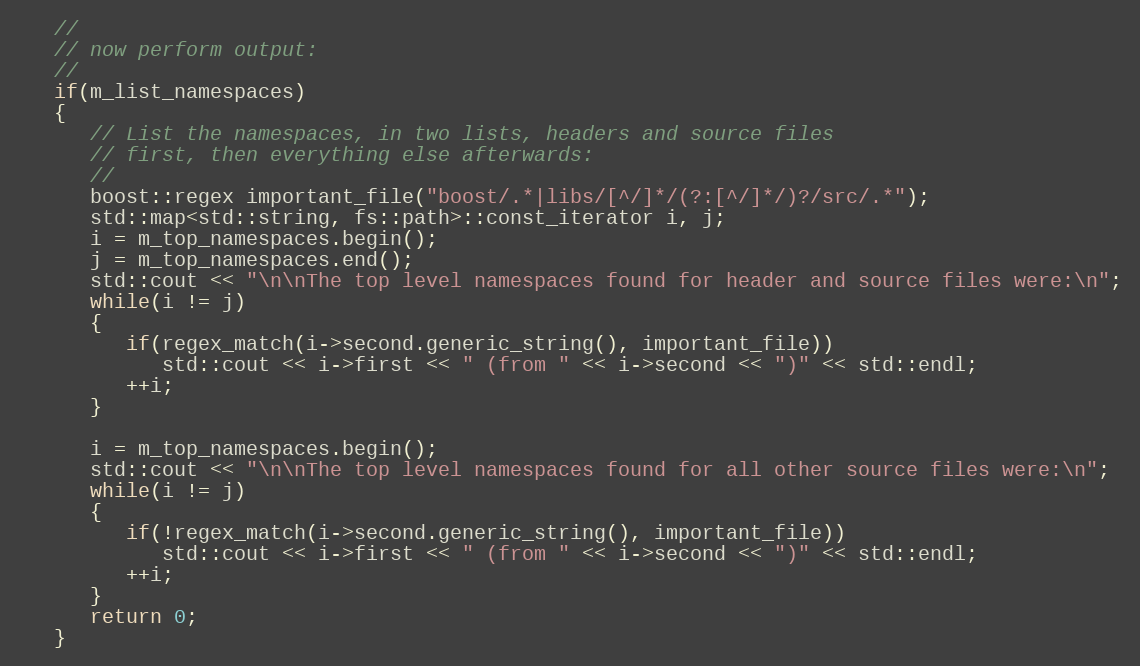
Language: C++
   //
   // now perform output:
   //
   if(m_list_namespaces)
   {
      // List the namespaces, in two lists, headers and source files
      // first, then everything else afterwards:
      //
      boost::regex important_file("boost/.*|libs/[^/]*/(?:[^/]*/)?/src/.*");
      std::map<std::string, fs::path>::const_iterator i, j;
      i = m_top_namespaces.begin();
      j = m_top_namespaces.end();
      std::cout << "\n\nThe top level namespaces found for header and source files were:\n";
      while(i != j)
      {
         if(regex_match(i->second.generic_string(), important_file))
            std::cout << i->first << " (from " << i->second << ")" << std::endl;
         ++i;
      }

      i = m_top_namespaces.begin();
      std::cout << "\n\nThe top level namespaces found for all other source files were:\n";
      while(i != j)
      {
         if(!regex_match(i->second.generic_string(), important_file))
            std::cout << i->first << " (from " << i->second << ")" << std::endl;
         ++i;
      }
      return 0;
   }